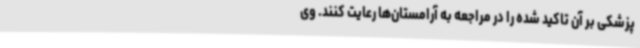
پزشکی بر آن تاکید شده را در مراجعه به آرامستان‌ها رعایت کنند. وی